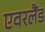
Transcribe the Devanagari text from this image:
एवरलैंड